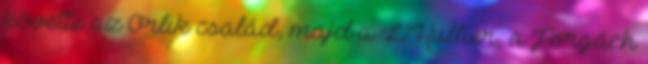
követte az Orlik család, majd a L’Hullier, a Forgách